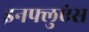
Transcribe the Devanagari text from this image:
इनफ्लुएंस